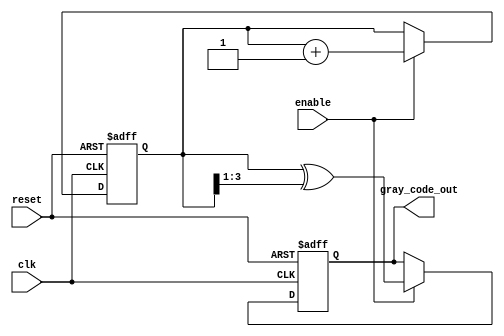
module gray_code_counter #(
    parameter N = 4  // Width of the counter (number of bits)
)(
    input wire clk,          // Clock input
    input wire reset,        // Asynchronous reset input
    input wire enable,       // Enable input
    output reg [N-1:0] gray_code_out // Gray code output
);

    // A register to hold the current binary count
    reg [N-1:0] binary_count;

    // Gray code conversion function
    function [N-1:0] binary_to_gray;
        input [N-1:0] binary;
        begin
            binary_to_gray = binary ^ (binary >> 1);
        end
    endfunction

    // On clock edge, update counter
    always @(posedge clk or posedge reset) begin
        if (reset) begin
            // Reset the binary count and gray code output to zero
            binary_count <= 0;
            gray_code_out <= 0;
        end else if (enable) begin
            // Increment the binary counter and convert it to Gray code
            binary_count <= binary_count + 1;
            gray_code_out <= binary_to_gray(binary_count);
        end
    end

endmodule